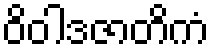
ဝိဝါဒဇာတိကံ